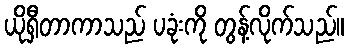
ယိုရှီတာကာသည် ပခုံးကို တွန့်လိုက်သည်။